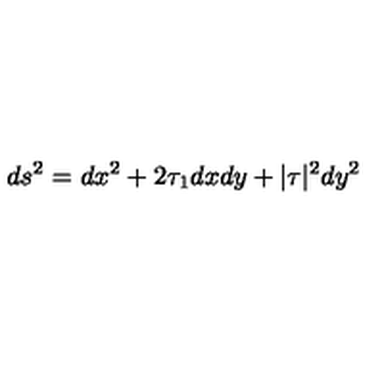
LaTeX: d s ^ { 2 } = d x ^ { 2 } + 2 \tau _ { 1 } d x d y + | \tau | ^ { 2 } d y ^ { 2 }